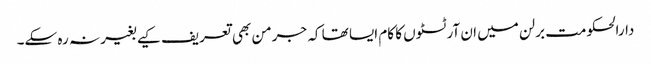
دارالحکومت برلن میں ان آرٹسٹوں کا کام ایسا تھا کہ جرمن بھی تعریف کیے بغیر نہ رہ سکے۔